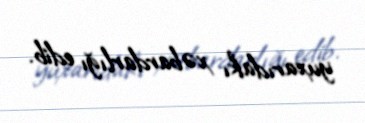
yuxarıdakı xəbardarlığı edib.